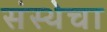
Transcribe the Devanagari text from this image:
संस्‍थेचा